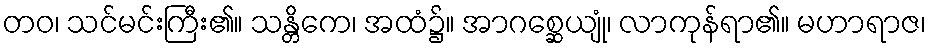
တဝ၊ သင်မင်းကြီး၏။ သန္တိကေ၊ အထံ၌။ အာဂစ္ဆေယျုံ၊ လာကုန်ရာ၏။ မဟာရာဇ၊